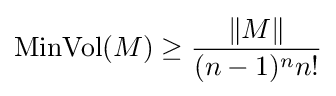
\operatorname {MinVol} (M)\geq {\frac {\|M\|}{(n-1)^{n}n!}}